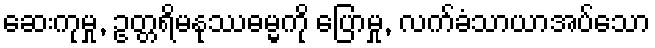
ဆေးကုမှု, ဥတ္တရိမနုဿဓမ္မကို ပြောမှု, လက်ခံသာယာအပ်သော